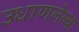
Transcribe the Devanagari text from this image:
उधाणलेल्‍या